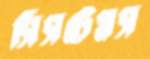
সিসটেমস